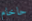
حاخام